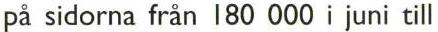
på sidorna från 180 000 i juni till